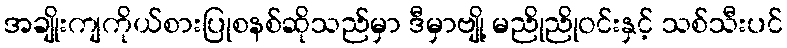
အချိုးကျကိုယ်စားပြုစနစ်ဆိုသည်မှာ ဒီမှာဗျို့ မညိုညိုဝင်းနှင့် သစ်သီးပင်